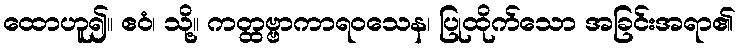
ထောဟူ၍။ ဧဝံ၊ သို့။ ကတ္ထဗ္ဗာကာရဝသေန၊ ပြုထိုက်သော အခြင်းအရာ၏